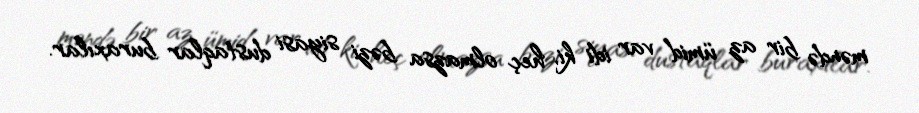
məndə bir az ümid var idi ki, heç olmazsa bəzi siyasi dustaqlar buraxılar.